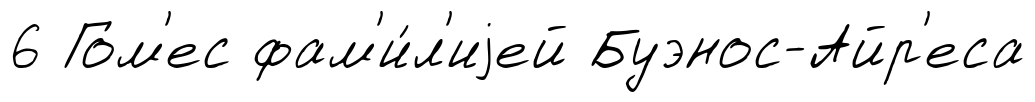
6 Гом'ес фам'и́л'иjей Буэнос-Айр'еса